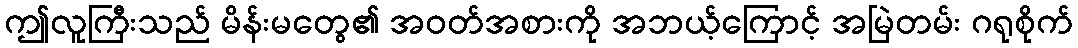
ဤလူကြီးသည် မိန်းမတွေ၏ အဝတ်အစားကို အဘယ့်ကြောင့် အမြဲတမ်း ဂရုစိုက်